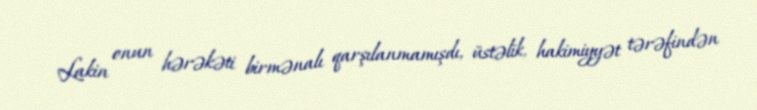
Lakin onun hərəkəti birmənalı qarşılanmamışdı, üstəlik, hakimiyyət tərəfindən